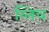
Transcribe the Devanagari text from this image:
ग्लिच